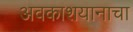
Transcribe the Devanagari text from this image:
अवकाशयानाचा